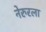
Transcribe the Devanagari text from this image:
नेरुरला